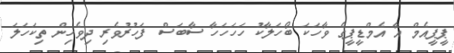
ޕީޕީއެމް އާ އެމްޑީޕީގެ ވާހަކަ ބޯހަލާކު ހަހަހަހާ ސާބަސް ފަހުރުވެރި ދިވެހިން ތިކަހަލަ